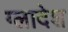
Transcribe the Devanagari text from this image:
ग्लादेश